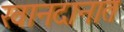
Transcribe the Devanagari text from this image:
खानदानात